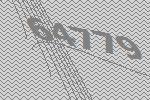
64779